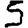
Digit: 5